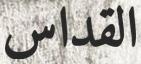
القداس